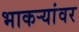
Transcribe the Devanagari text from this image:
भाकऱ्यांवर